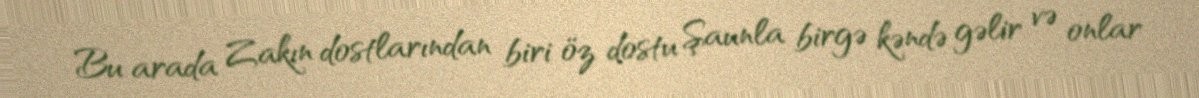
Bu arada Zakın dostlarından biri öz dostu Şaunla birgə kəndə gəlir və onlar